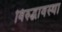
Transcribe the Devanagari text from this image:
विरुद्धावस्था